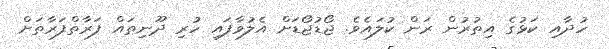
ހުދާއި ކަޅުގެ އިތުރުން ރަން ކުލައެވެ. ޖޯޑުޖޯޑަށް އެލުވާފައި ހުރި ދޫނިތައް ފަރާތްފަރާތަށް